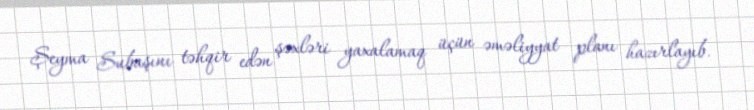
Şeyma Subaşını təhqir edən şəxləri yaxalamaq üçün əməliyyat planı hazırlayıb.